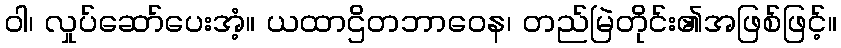
ဝါ၊ လှုပ်ဆော်ပေးအံ့။ ယထာဌိတဘာဝေန၊ တည်မြဲတိုင်း၏အဖြစ်ဖြင့်။